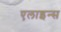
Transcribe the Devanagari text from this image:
एलाइन्स